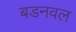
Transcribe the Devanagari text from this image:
बडनवल